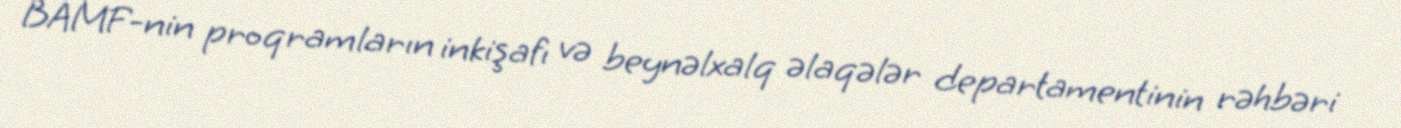
BAMF-nin proqramların inkişafı və beynəlxalq əlaqələr departamentinin rəhbəri